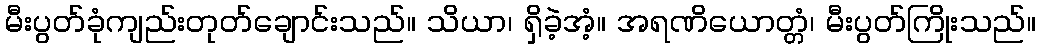
မီးပွတ်ခုံကျည်းတုတ်ချောင်းသည်။ သိယာ၊ ရှိခဲ့အံ့။ အရဏိယောတ္တံ၊ မီးပွတ်ကြိုးသည်။